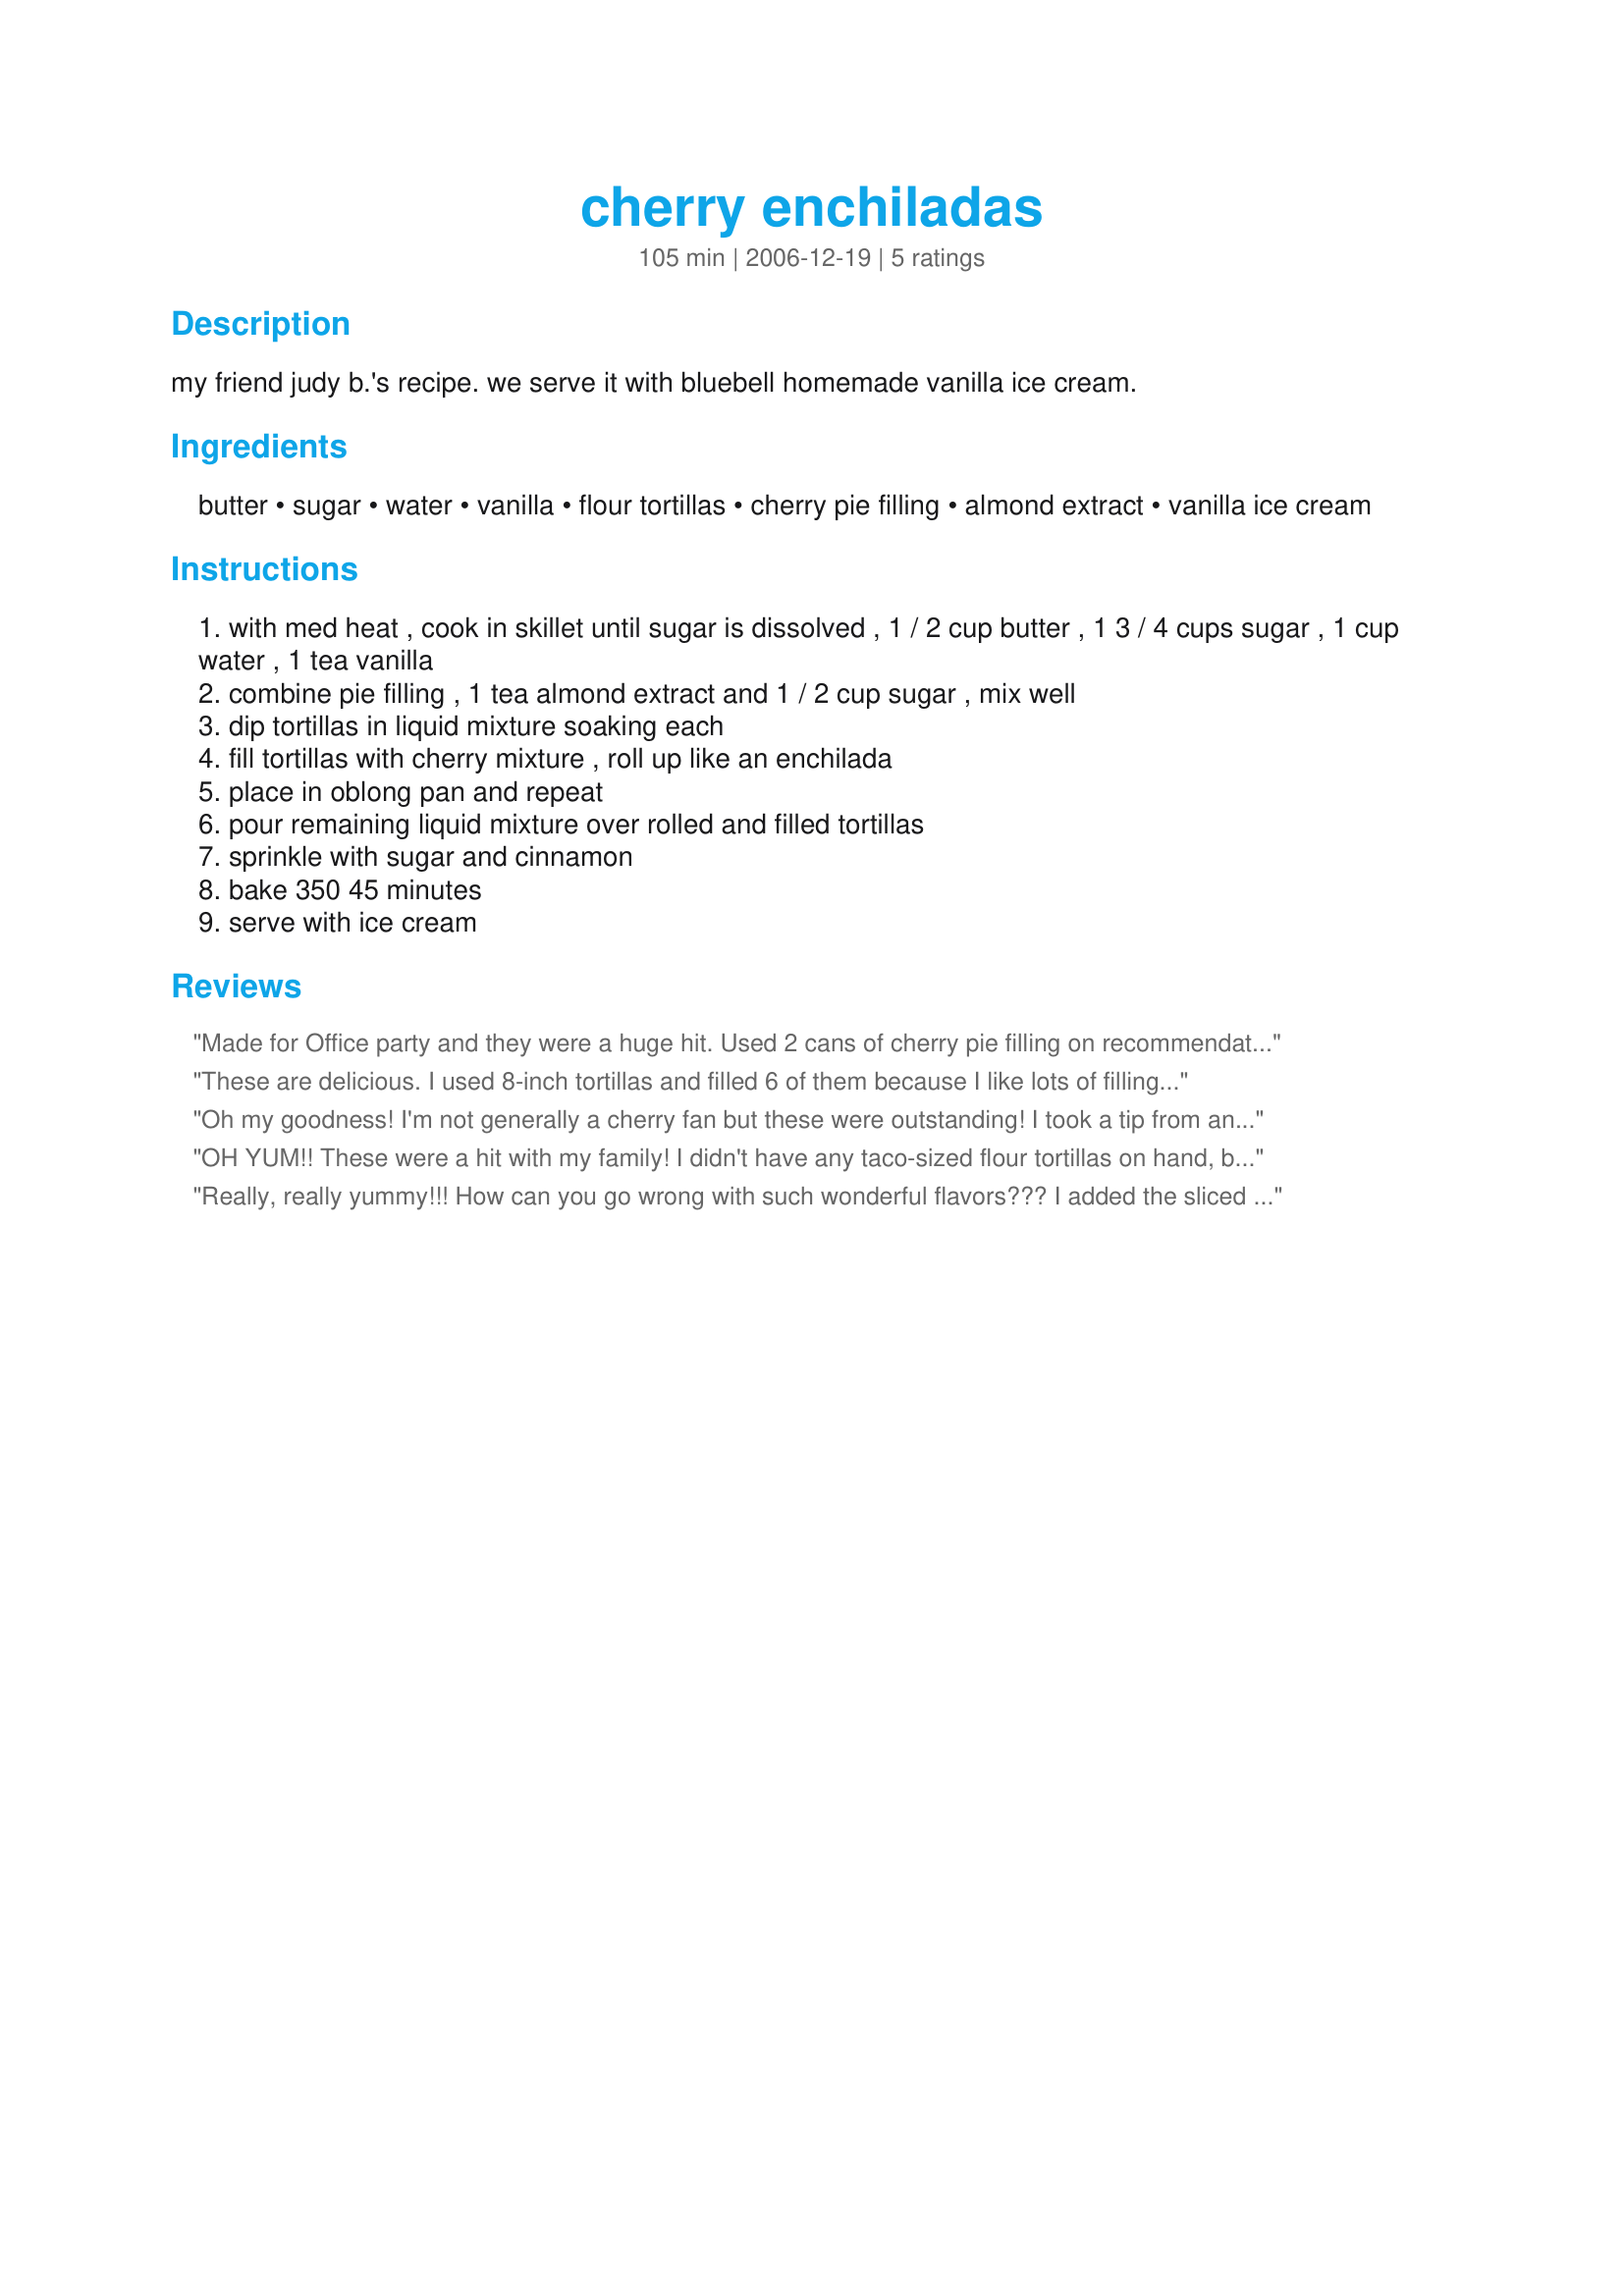
cherry enchiladas
Preparation time: 105 minutes

my friend judy b.'s recipe.
we serve it with bluebell homemade vanilla ice cream.

Ingredients:
butter, sugar, water, vanilla, flour tortillas, cherry pie filling, almond extract, vanilla ice cream

Steps:
with med heat , cook in skillet until sugar is dissolved , 1 / 2 cup butter , 1 3 / 4 cups sugar , 1 cup water , 1 tea vanilla
combine pie filling , 1 tea almond extract and 1 / 2 cup sugar , mix well
dip tortillas in liquid mixture soaking each
fill tortillas with cherry mixture , roll up like an enchilada
place in oblong pan and repeat
pour remaining liquid mixture over rolled and filled tortillas
sprinkle with sugar and cinnamon
bake 350 45 minutes
serve with ice cream

Reviews:
Made for Office party and they were a huge hit. Used 2 cans of cherry pie filling on recommendation of a friend!
These are delicious. I used 8-inch tortillas and filled 6 of them because I like lots of filling ;) We topped them with vanilla ice cream as you suggested - DD and I couldn't stop eating them! These would be popular for a potluck. I've made an apple version but DD prefers the cherry so we'll have to keep this recipe handy. Thanks for a great dessert yaya78006 :)
Oh my goodness! I'm not generally a cherry fan but these were outstanding! I took a tip from another reviewer and sprinkled these with almonds, they toasted up nicely to add more crunch! I will make these again!
OH YUM!! These were a hit with my family! I didn't have any taco-sized flour tortillas on hand, but I had some burrito-sized cinnamon sugar flavored tortillas. When I mixed the filling, it didn't look like enough to fill my giant tortillas, so I doubled the filling ingredients (there was plenty of the syrup mixture as-written, though). The doubled filling was enough to fill 10 of my burrito-sized tortillas. I had quite a bit of the syrup left over after assembling my enchiladas, and I was afraid that they would be swimming in sugar syrup, so I ended up setting aside about 3/4 cup of the syrup rather than pouring it on. Because of all the sugar already in the recipe, I passed on the cinnamon sugar topping and just sprinkled plain cinnamon over it all (besides, doesn't the extra cinnamon help regulate the elevated blood sugar from a dessert like this anyhow? Bonus! lol). The finished dish had lots of gooey cherry sauce, and the tortilla part reminded me just a bit of sopaipillas. Wonderful hot out of the oven with a big scoop of vanilla ice cream. Even DH, Mr. I-don't-like-sweets, came sniffing around to see what I was pulling out of the oven that smelled so heavenly! Thanks for posting!
Really, really yummy!!! How can you go wrong with such wonderful flavors??? I added the sliced almonds to give it a little extra flair for company. Next time I make it, I think I will also put mascarpone cheese inside - a gooey little surprise. Thanks yaya!!!
